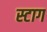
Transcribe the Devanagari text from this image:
स्टाग